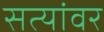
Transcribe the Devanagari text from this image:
सत्यांवर